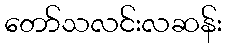
တော်သလင်းလဆန်း